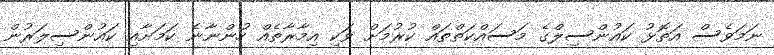
ނަމަވެސް އަތޮޅު ކައުންސިލްގެ މަސައްކަތްތައް ކުރުމަށް ވަކި އިމާރާތެއް ހުންނާނެ ކަމަށާއި ކައުންސިލަރުން